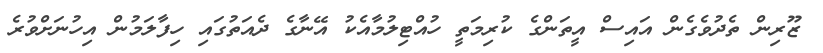
ޒޫރިން ތެދުވެގެން އައިސް އީތަންގެ ކުރިމަތީ ހުއްޓިލުމާއެކު އޭނާގެ ދެއަތުގައި ހިފާލަމުން އިހުނަށްވުރެ